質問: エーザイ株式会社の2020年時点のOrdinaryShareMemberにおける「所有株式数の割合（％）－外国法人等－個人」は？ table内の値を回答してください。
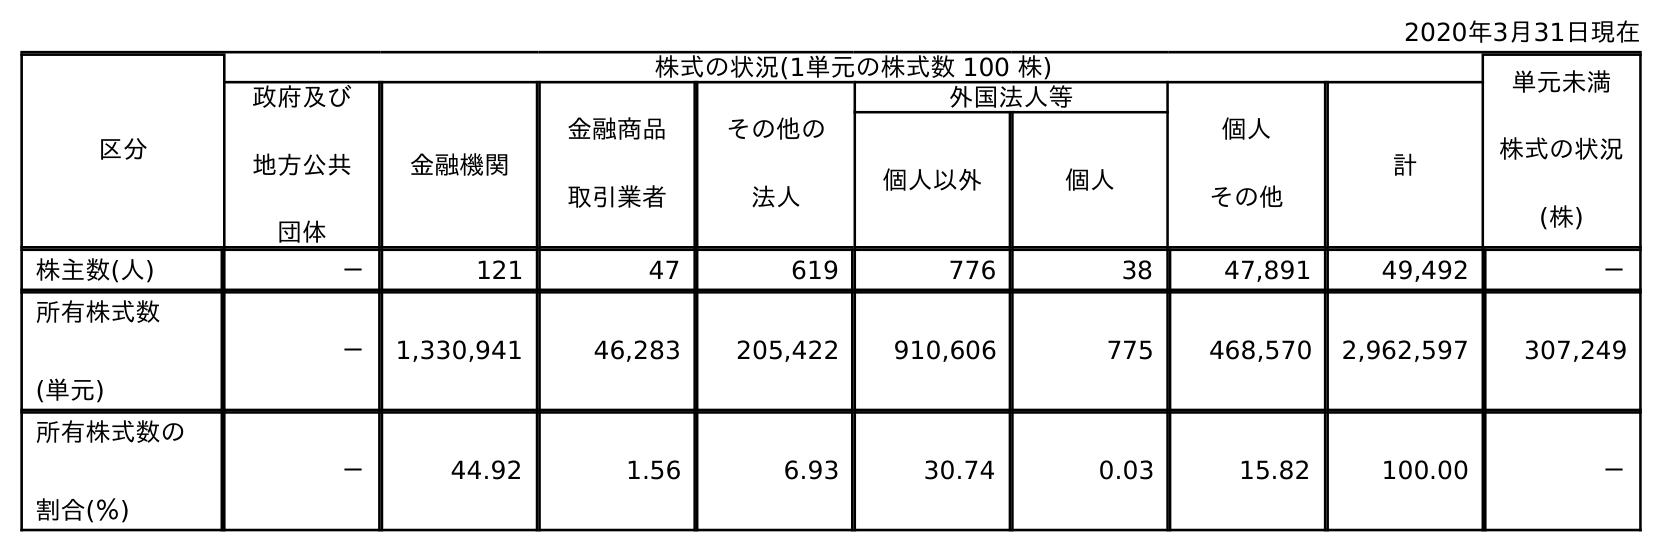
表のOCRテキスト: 2020年3月31日現在 区分 株式の状況(1単元の株式数 100 株) 単元未満 株式の状況 (株) 政府及び 地方公共 団体 金融機関 金融商品 取引業者 その他の 法人 外国法人等 個人 その他 計 個人以外 個人 株主数(人) － 121 47 619 776 38 47,891 49,492 － 所有株式数 (単元) － 1,330,941 46,283 205,422 910,606 775 468,570 2,962,597 307,249 所有株式数の 割合(％) － 44.92 1.56 6.93 30.74 0.03 15.82 100.00 －
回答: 0.03